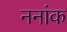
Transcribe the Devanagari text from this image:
ननांक